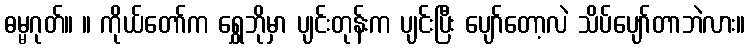
ဓမ္မဂုတ်။ ။ ကိုယ်တော်က ရွှေဘိုမှာ ပျင်းတုန်းက ပျင်းပြီး ပျော်တော့လဲ သိပ်ပျော်တာဘဲလား။